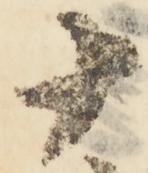
十